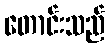
တောင်းသည်